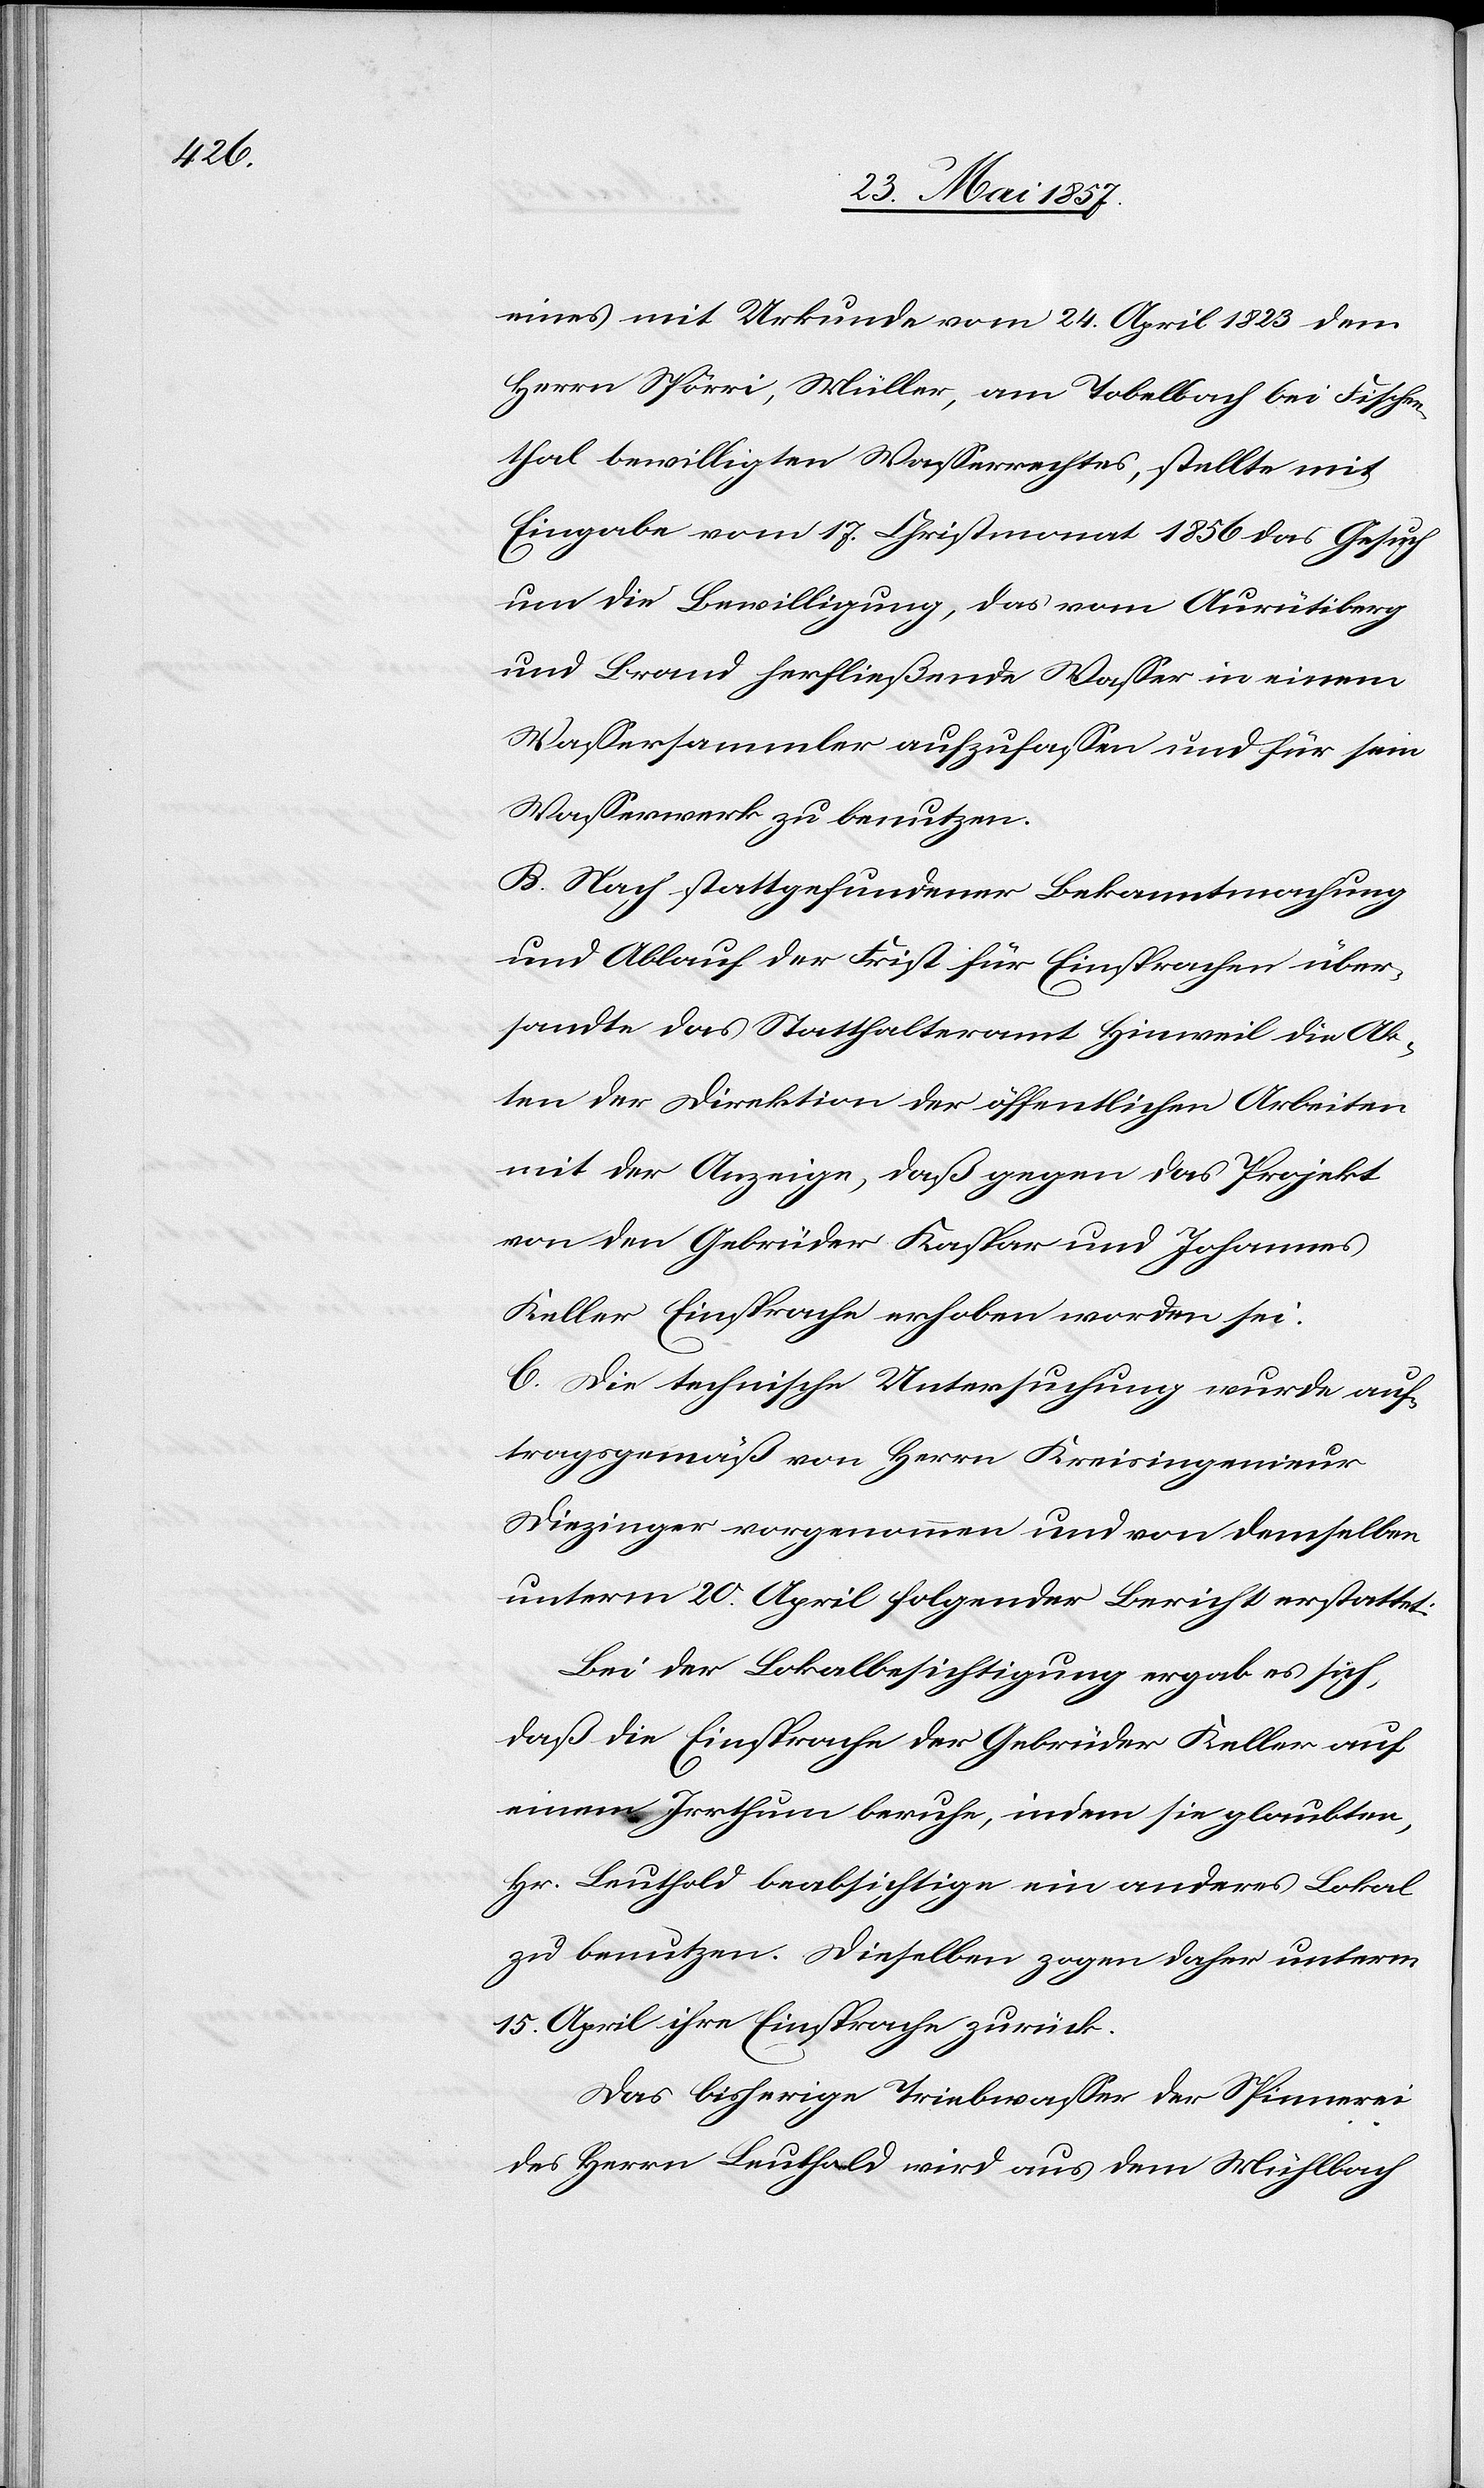
eines mit Urkunde vom 24 April 1823 dem
Herrn Spörri, Müller, am Tobelbach bei Fischen¬
thal bewilligten Wasserrechtes, stellte mit
Eingabe vom 17 Christmonat 1856 das Gesuch
um die Bewilligung, das vom Aurütiberg
und Brand herfließende Wasser in einem
Wassersammler aufzufaßen und für sein
Wasserwerk zu benutzen.
B. Nach stattgefundener Bekanntmachung
und Ablauf der Frist für Einsprachen über¬
sandte das Statthalteramt Hinweil die Ak¬
ten der Direktion der öffentlichen Arbeiten
mit der Anzeige, daß gegen das Projekt
von den Gebrüdern Kaspar und Johannes
Keller Einsprache erhoben worden sei.
C. Die technische Untersuchung wurde auf¬
tragsgemäß von Herrn Kreisingenieur
Diezinger vorgenommen und von demselben
unterm 20 April folgender Bericht erstattet:
Bei der Lokalbesichtigung ergab es sich,
daß die Einsprache der Gebrüder Keller auf
einem Irrthum beruhe, indem sie glaubten,
Hr. Leuthold beabsichtige ein anderes Lokal
zu benutzen. Dieselben zogen daher unterm
15 April ihre Einsprache zurück.
Das bisherige Triebwasser der Spinnerei
des Herrn Leuthold wird aus dem Mühlebach